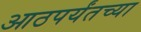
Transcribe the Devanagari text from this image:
आठपर्यंतच्या